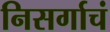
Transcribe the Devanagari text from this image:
निसर्गाचं